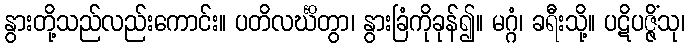
နွားတို့သည်လည်းကောင်း။ ပတိလင်္ဃိတွာ၊ နွားခြံကိုခုန်၍။ မဂ္ဂံ၊ ခရီးသို့။ ပဋိပဇ္ဇိံသု၊